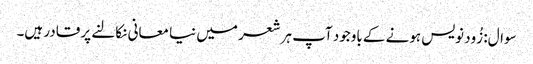
سوال: زُود نویس ہونے کے باوجود آپ ہر شعر میں نیا معانی نکالنے پر قادر ہیں۔